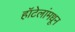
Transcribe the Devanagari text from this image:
हॉटेलांमधून